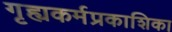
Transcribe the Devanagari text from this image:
गृह्यकर्मप्रकाशिका